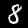
Label: 8